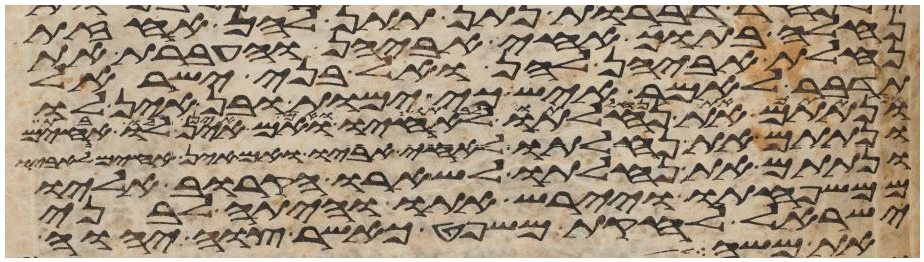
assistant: נחלה בתוך אחי אביהן והעברת את
נחלת אביהן להן ואל בני ישראל
תדבר לאמר איש כי ימות ובן אין לו
ונתתם את נחלתו לאחיו ואם אין לו אחים
ונתתם את נחלתו לאחי אביו ואם אין אחים לאביו
ונתתם את נחלתו לשארו הקרוב אליו
ממשפחתו ויירש אתו והיתה לבני
ישראל לחקת משפט כאשר צוה יהוה